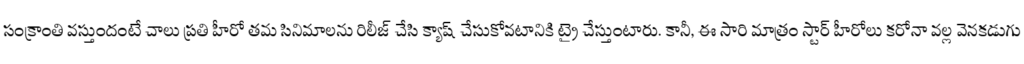
సంక్రాంతి వస్తుందంటే చాలు ప్రతి హీరో తమ సినిమాలను రిలీజ్ చేసి క్యాష్ చేసుకోవటానికి ట్రై చేస్తుంటారు. కానీ, ఈ సారి మాత్రం స్టార్ హీరోలు కరోనా వల్ల వెనకడుగు